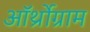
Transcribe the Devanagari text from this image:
ऑर्थ्रोग्राम